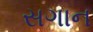
સગાન